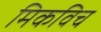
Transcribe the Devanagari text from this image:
मिकविच